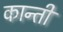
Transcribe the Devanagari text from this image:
कान्ती